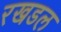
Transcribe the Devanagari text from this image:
रखडल